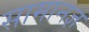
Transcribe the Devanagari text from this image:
सामानज्ञ